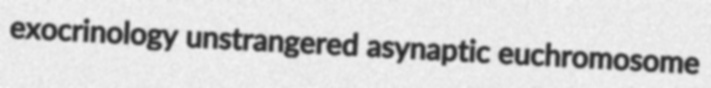
exocrinology unstrangered asynaptic euchromosome